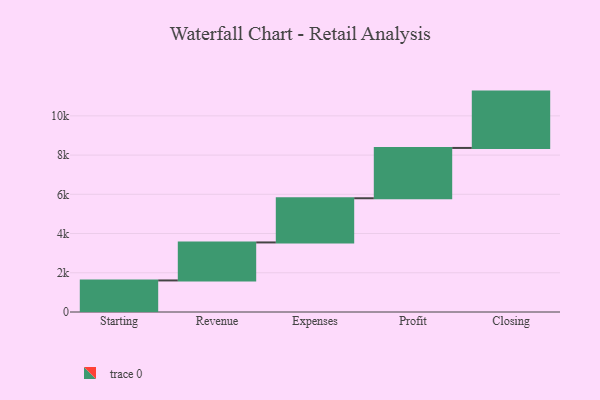
{"axis": {"x": "Step", "y": "Value"}, "legend": [""], "data": [{"x": "Starting", "y": 1609.0, "type": ""}, {"x": "Revenue", "y": 1937.0, "type": ""}, {"x": "Expenses", "y": 2253.0, "type": ""}, {"x": "Profit", "y": 2565.0, "type": ""}, {"x": "Closing", "y": 2872.0, "type": ""}]}